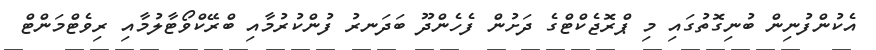
އެކުންފުނިން ބުނިގޮތުގައި މި ޕްރޮޖެކްޓްގެ ދަށުން ފެހެންދޫ ބަދަނރު ފުންކުރުމާއި ބްރޭކްވޯޓާލުމާއި ރިވެޓްމަންޓް